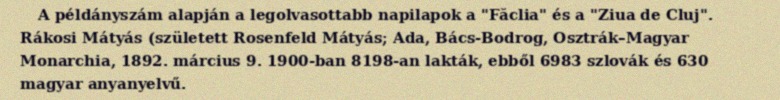
A példányszám alapján a legolvasottabb napilapok a "Făclia" és a "Ziua de Cluj". Rákosi Mátyás (született Rosenfeld Mátyás; Ada, Bács-Bodrog, Osztrák–Magyar Monarchia, 1892. március 9. 1900-ban 8198-an lakták, ebből 6983 szlovák és 630 magyar anyanyelvű.